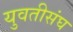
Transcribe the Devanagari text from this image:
युवतीसंघ